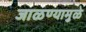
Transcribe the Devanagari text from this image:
जाळण्यामुळे